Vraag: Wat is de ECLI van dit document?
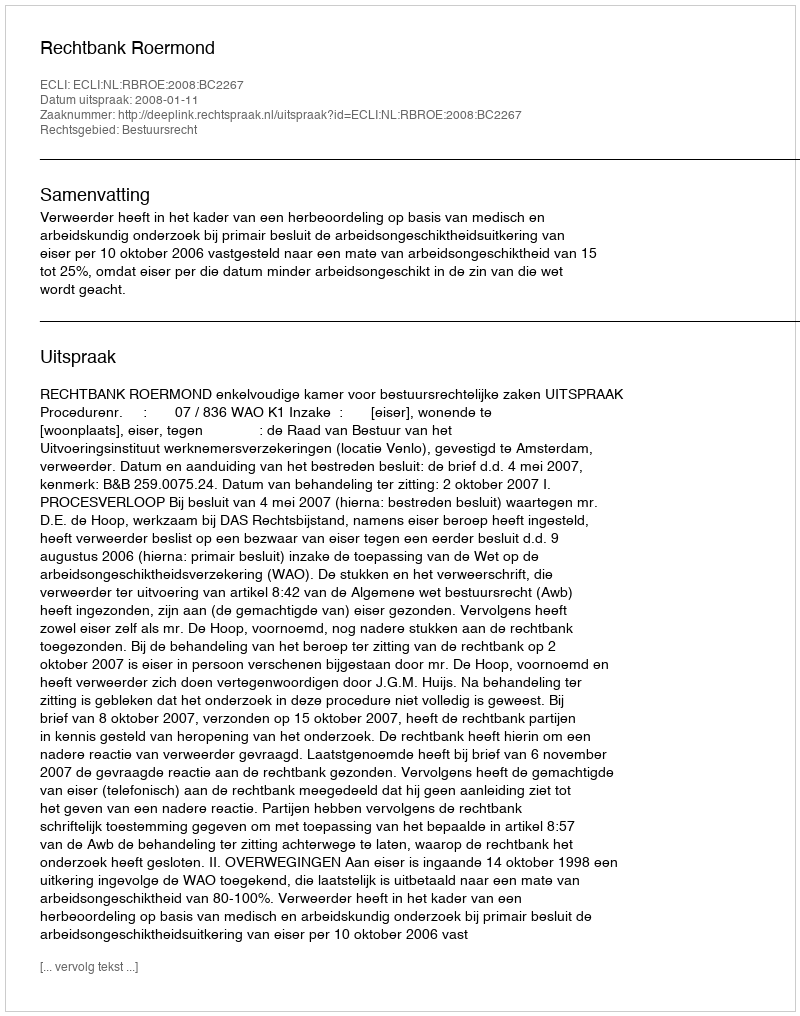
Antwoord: ECLI:NL:RBROE:2008:BC2267